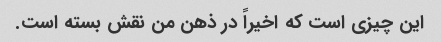
این چیزی است که اخیراً در ذهن من نقش بسته است.